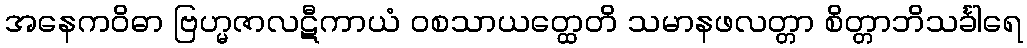
အနေကဝိဓာ ဗြဟ္မဇာလဋီကာယံ ဝစသာယတ္ထေတိ သမာနဖလတ္တာ စိတ္တာဘိသင်္ခါရေ